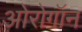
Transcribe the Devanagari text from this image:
ओरोगॉन